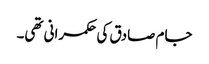
جام صادق کی حکمرانی تھی۔